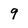
Character: 9